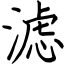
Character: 滤